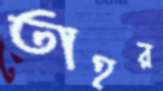
তাহর